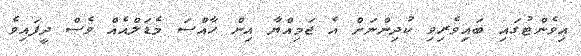
އިވެންޓުގައި ބައިވެރިވި ކުދިންނަށް އެ ޖަމިއްޔާ އިން ހާއްސަ މެޑަލްއެއް ވެސް ދީފައިވެ